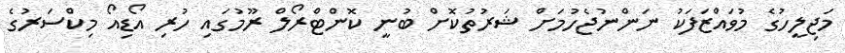
މަޖިލީހުގެ މުވައްޒަފަކު ނަންނުޖެހުމަށް ޝަރުތުކޮށް ބުނީ ކޮންޓްރޯލް ރޫމުގައި ހުރި އޯޑިއޯ މިކްސަރުގެ